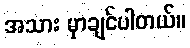
အသား မှာချင်ပါတယ်။